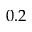
0 . 2